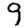
Digit: 9